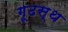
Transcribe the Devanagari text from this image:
गूढस्थ